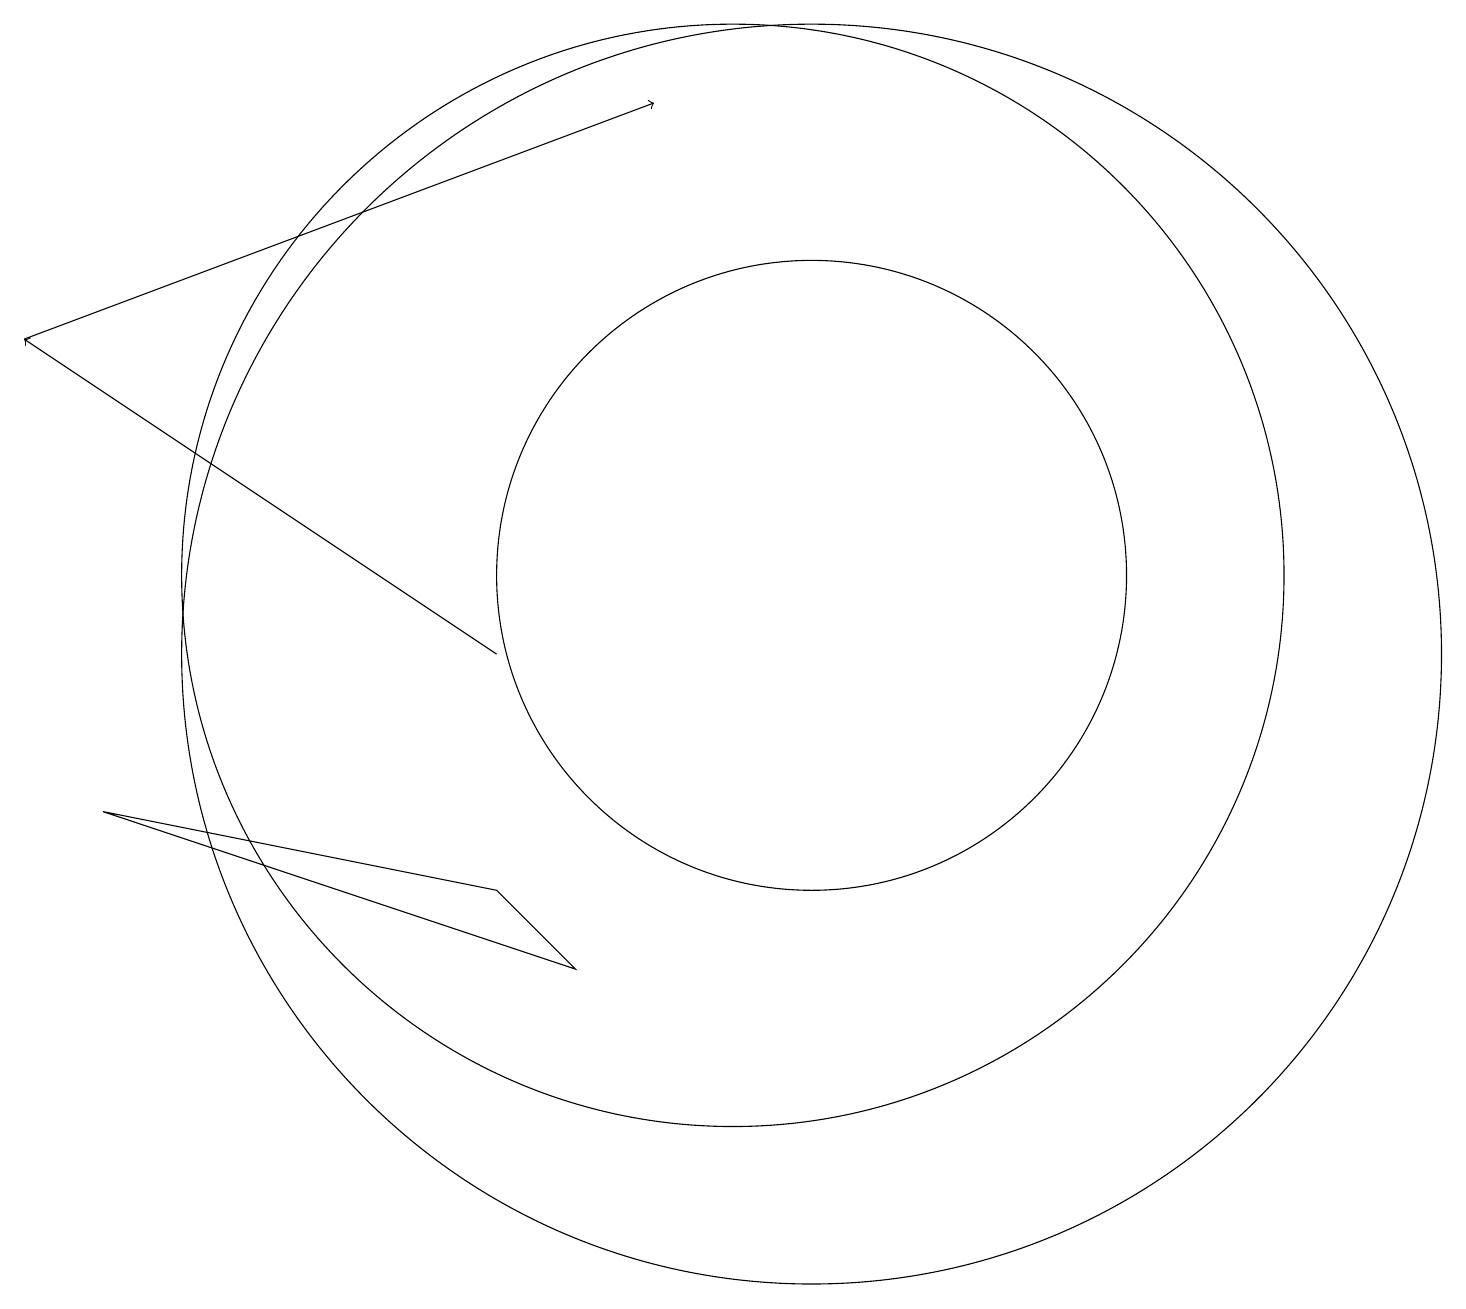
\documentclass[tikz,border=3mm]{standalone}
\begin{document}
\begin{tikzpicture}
\draw (11,11) circle (4);
\draw (10,11) circle (7);
\draw[->] (7,10) -- (1,14);
\draw (11,10) circle (8);
\draw[->] (1,14) -- (9,17);
\draw (8,6) -- (2,8) -- (7,7) -- cycle;
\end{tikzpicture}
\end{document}